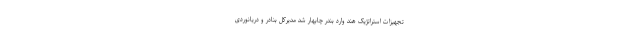
تجهیزات استراتژیک هند وارد بندر چابهار شد مدیرکل بنادر و دریانوردی